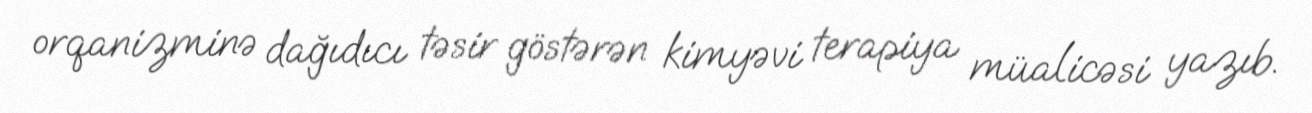
orqanizminə dağıdıcı təsir göstərən kimyəvi terapiya müalicəsi yazıb.